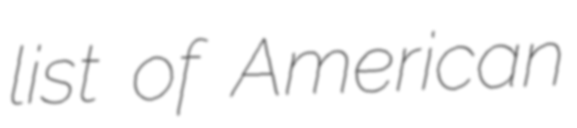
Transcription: list of American